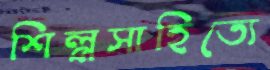
শিল্পসাহিত্যে